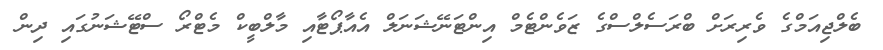
ބެލްޖިއަމްގެ ވެރިރަށް ބްރަސެލްސްގެ ޒަވެންޓެމް އިންޓަނޭޝަނަލް އެއާޕޯޓާއި މާލްބީކް މެޓްރޯ ސްޓޭޝަނުގައި ދިން